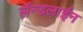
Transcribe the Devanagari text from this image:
लॅन्डलाईन